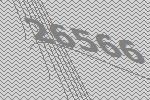
26566